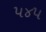
૫૪૫